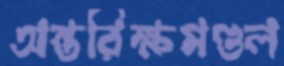
অন্তরিক্ষমণ্ডল